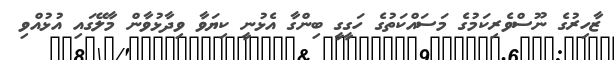
ޒާހިރުގެ ނޫސްވެރިކަމުގެ މަސައްކަތުގެ ހަގީގީ ބިންގާ އެޅުނީ ކިޔަވާ ވިދާޅުވާން މާލޭގައި އުޅުއްވި